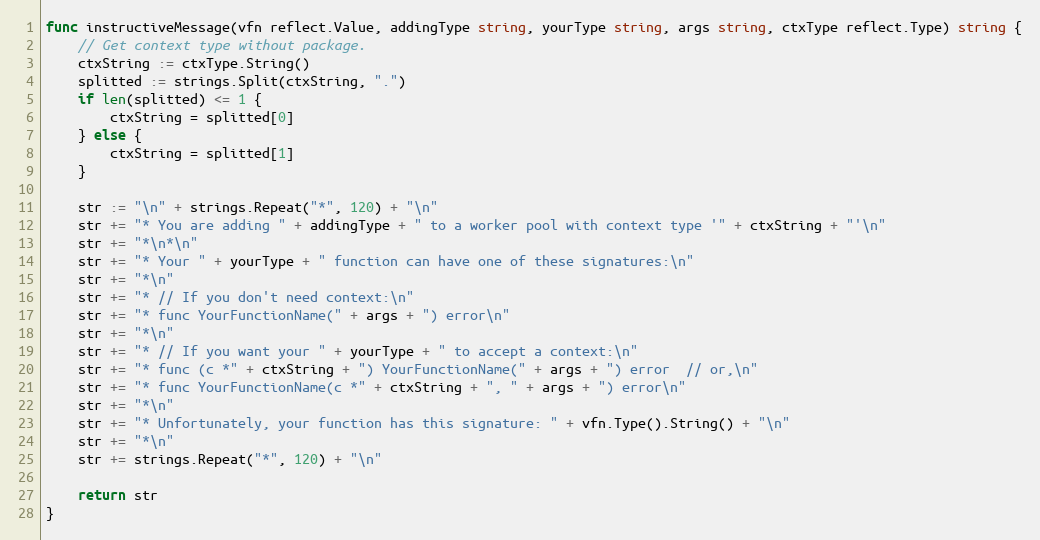
Language: Go
func instructiveMessage(vfn reflect.Value, addingType string, yourType string, args string, ctxType reflect.Type) string {
	// Get context type without package.
	ctxString := ctxType.String()
	splitted := strings.Split(ctxString, ".")
	if len(splitted) <= 1 {
		ctxString = splitted[0]
	} else {
		ctxString = splitted[1]
	}

	str := "\n" + strings.Repeat("*", 120) + "\n"
	str += "* You are adding " + addingType + " to a worker pool with context type '" + ctxString + "'\n"
	str += "*\n*\n"
	str += "* Your " + yourType + " function can have one of these signatures:\n"
	str += "*\n"
	str += "* // If you don't need context:\n"
	str += "* func YourFunctionName(" + args + ") error\n"
	str += "*\n"
	str += "* // If you want your " + yourType + " to accept a context:\n"
	str += "* func (c *" + ctxString + ") YourFunctionName(" + args + ") error  // or,\n"
	str += "* func YourFunctionName(c *" + ctxString + ", " + args + ") error\n"
	str += "*\n"
	str += "* Unfortunately, your function has this signature: " + vfn.Type().String() + "\n"
	str += "*\n"
	str += strings.Repeat("*", 120) + "\n"

	return str
}